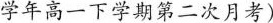
学年高一下学期第二次月考)